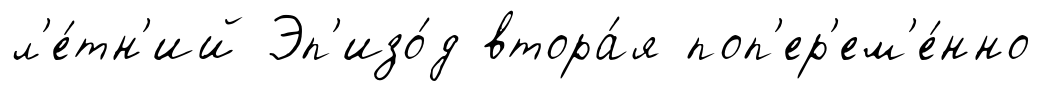
л'е́тн'ий Эп'изо́д втора́я поп'ер'ем'е́нно